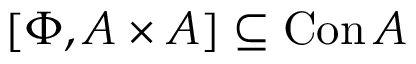
\left[ \Phi , A \times A \right] \subseteq \operatorname { C o n } A